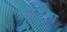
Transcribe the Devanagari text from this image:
फाड़ता